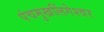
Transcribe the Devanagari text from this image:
पंचमुखलिंगेश्‍वर